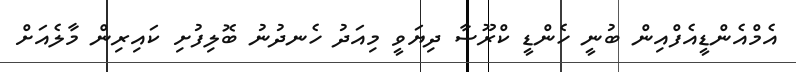
އެމްއެންޑީއެފްއިން ބުނީ ހެންޑީ ކްރޫސާ ދިޔަވީ މިއަދު ހެނދުނު ބޮލިފުށި ކައިރިން މާލެއަށް